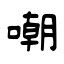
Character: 嘲